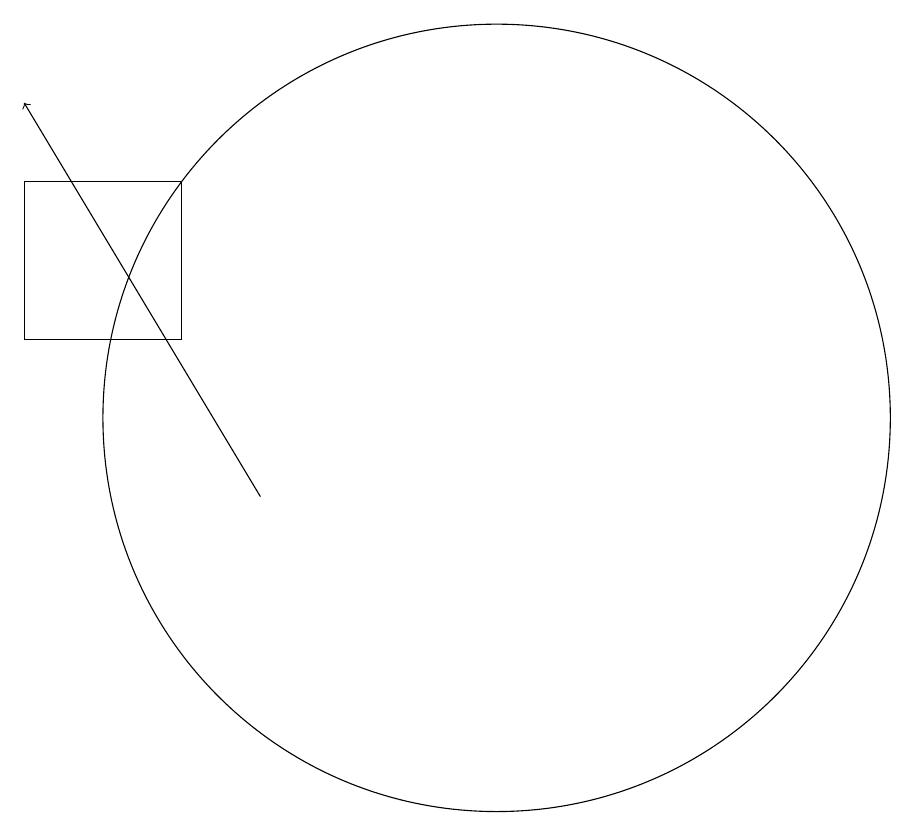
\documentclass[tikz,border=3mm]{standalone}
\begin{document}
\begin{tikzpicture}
\draw[->] (9,10) -- (6,15);
\draw (6,12) rectangle (8,14);
\draw (12,11) circle (5);
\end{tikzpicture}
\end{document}